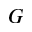
G